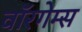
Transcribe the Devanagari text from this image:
वॉरगेम्स